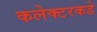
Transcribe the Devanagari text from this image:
कलेक्टरकडे